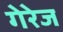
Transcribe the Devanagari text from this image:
गेरेज